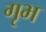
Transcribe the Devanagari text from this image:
गृभ